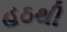
હઠથી